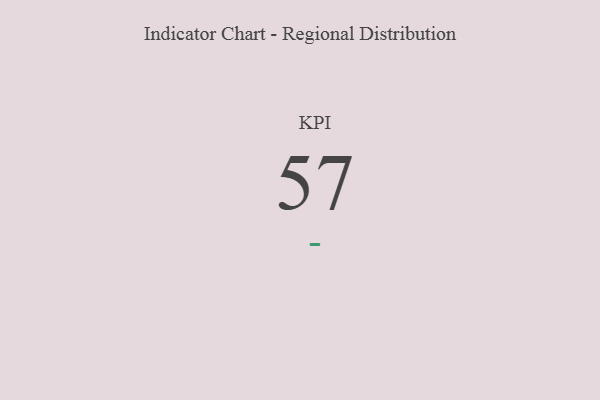
{"axis": {"x": "KPI", "y": "Value"}, "legend": [""], "data": [{"x": "KPI", "y": 57, "type": ""}]}